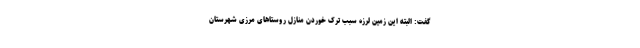
گفت: البته این زمین لرزه سبب ترک خوردن منازل روستاهای مرزی شهرستان